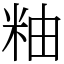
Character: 粙